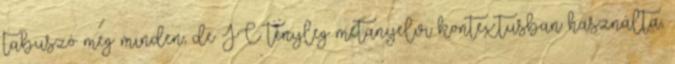
tabuszó meg minden, de JC tényleg metanyelvi kontextusban használta,